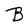
Character: B